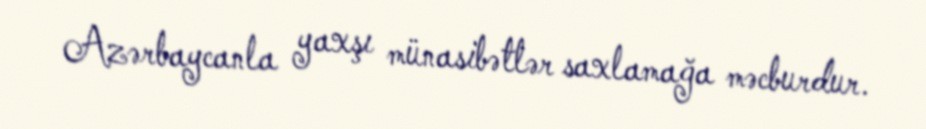
Azərbaycanla yaxşı münasibətlər saxlamağa məcburdur.